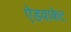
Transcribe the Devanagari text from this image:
ऐडवाकेट